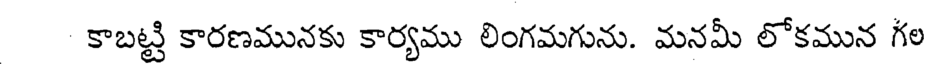
కాబట్టి కారణమునకు కార్యము లింగమగును. మనమీ లోకమున గల